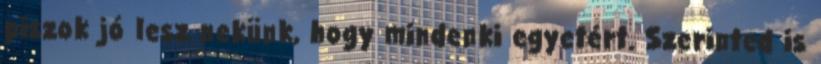
piszok jó lesz nekünk, hogy mindenki egyetért. Szerinted is